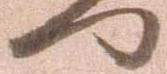
門